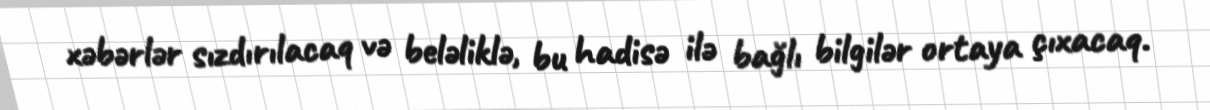
xəbərlər sızdırılacaq və beləliklə, bu hadisə ilə bağlı bilgilər ortaya çıxacaq.